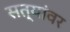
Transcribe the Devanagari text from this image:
सत्यांवर